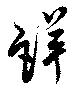
詳